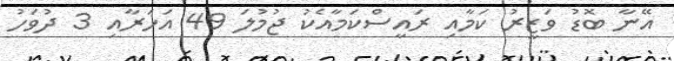
އޭނާ ބޮޑު ވަޒީރު ކަމާއި ރައީސްކަމާއެކު ޖުމުލަ 49 އަހަރާއި 3 ދުވަހު